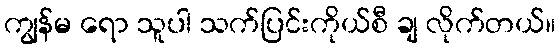
ကျွန်မ ရော သူပါ သက်ပြင်းကိုယ်စီ ချ လိုက်တယ်။